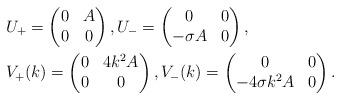
LaTeX: \begin{align*} &U_{+}=\begin{pmatrix} 0 & A \\ 0 & 0 \end{pmatrix}, U_{-}=\begin{pmatrix} 0 & 0 \\ -\sigma A & 0 \end{pmatrix}, \\ &V_{+}(k)=\begin{pmatrix} 0 & 4k^2A \\ 0 & 0 \end{pmatrix}, V_{-}(k)=\begin{pmatrix} 0 & 0 \\ -4\sigma k^2A & 0 \end{pmatrix}. \end{align*}